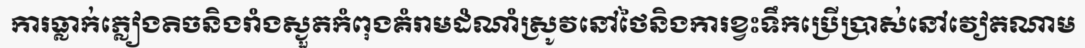
ការធ្លាក់ភ្លៀងតិចនិងរាំងស្ងួតកំពុងគំរាមដំណាំស្រូវនៅថៃនិងការខ្វះទឹកប្រើប្រាស់នៅវៀតណាម